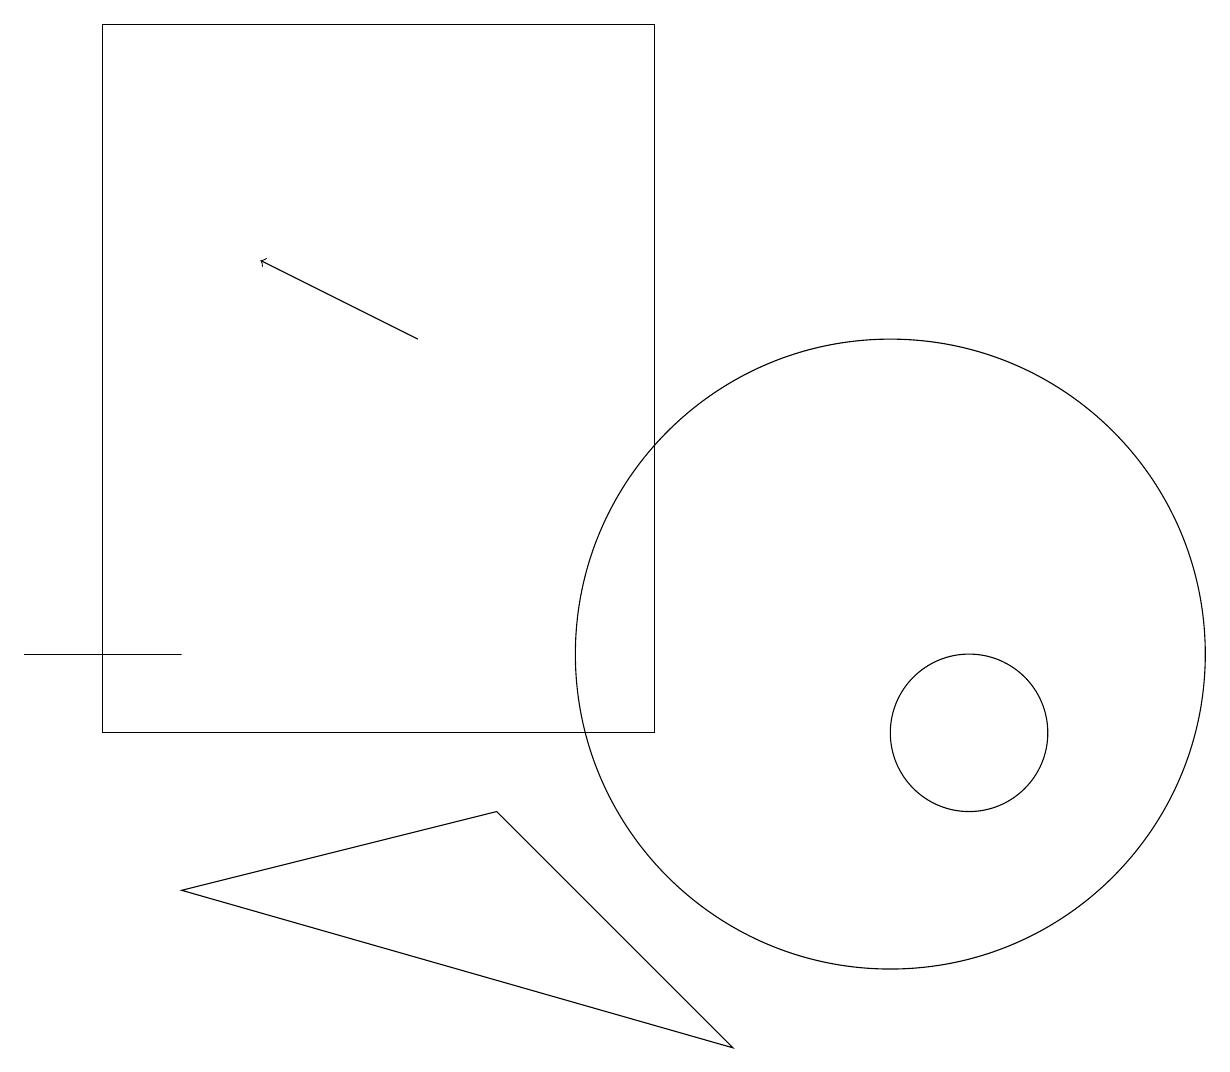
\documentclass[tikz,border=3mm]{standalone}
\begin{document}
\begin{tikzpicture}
\draw (0,11) rectangle (2,11);
\draw (10,12) circle (0);
\draw (11,11) circle (4);
\draw (2,8) -- (6,9) -- (9,6) -- cycle;
\draw (1,19) rectangle (8,10);
\draw[->] (5,15) -- (3,16);
\draw (12,10) circle (1);
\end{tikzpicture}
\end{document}